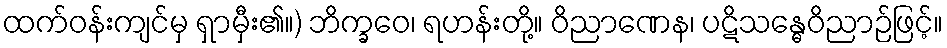
ထက်ဝန်းကျင်မှ ရှာမှီး၏။) ဘိက္ခဝေ၊ ရဟန်းတို့။ ဝိညာဏေန၊ ပဋိသန္ဓေဝိညာဉ်ဖြင့်။